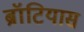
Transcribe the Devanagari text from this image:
ब्रॉटियास